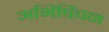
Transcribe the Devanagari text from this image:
अभिषिंचन